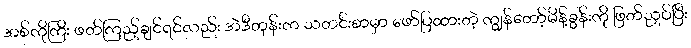
အစ်ကိုကြီး ဖတ်ကြည့်ချင်ရင်လည်း အဲဒီတုန်းက သတင်းစာမှာ ဖော်ပြထားတဲ့ ကျွန်တော့်မိန့်ခွန်းကို ဖြတ်ညှပ်ပြီး